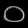
Digit: ၀